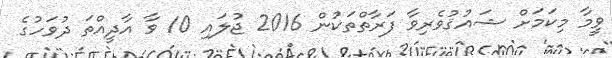
ވީމާ މިކަމަށް ޝައުޤުވެރިވާ ފަރާތްތަކުން 2016 ޖުލައި 10 ވާ އާދީއްތަ ދުވަހުގެ